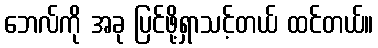
ဘေလ်ကို အခု ပြင်ဖို့ရှာသင့်တယ် ထင်တယ်။